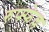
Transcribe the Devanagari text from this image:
रुफ्फेल्ल